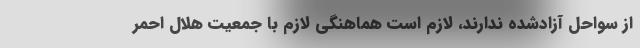
از سواحل آزادشده ندارند، لازم است هماهنگی لازم با جمعیت هلال احمر